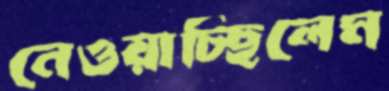
নেওয়াচ্ছিলেম